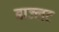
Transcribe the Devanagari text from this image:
बाज्लट